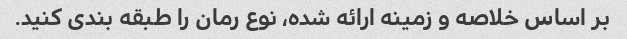
بر اساس خلاصه و زمینه ارائه شده، نوع رمان را طبقه بندی کنید.